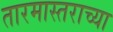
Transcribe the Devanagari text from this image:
तारमास्तराच्या